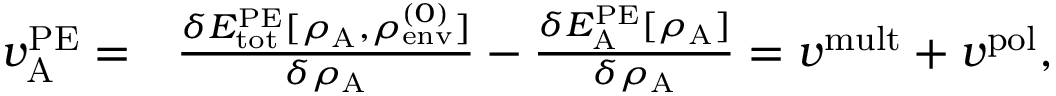
\begin{array} { r l } { v _ { \mathrm { A } } ^ { \mathrm { P E } } = } & { \frac { \delta E _ { \mathrm { t o t } } ^ { \mathrm { P E } } [ \rho _ { \mathrm { A } } , \rho _ { \mathrm { e n v } } ^ { ( 0 ) } ] } { \delta \rho _ { \mathrm { A } } } - \frac { \delta E _ { \mathrm { A } } ^ { \mathrm { P E } } [ \rho _ { \mathrm { A } } ] } { \delta \rho _ { \mathrm { A } } } = { v } ^ { \mathrm { m u l t } } + { v } ^ { \mathrm { p o l } } , } \end{array}